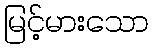
မြင့်မားသော